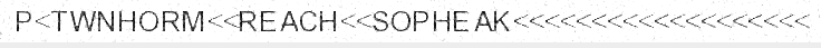
P<TWNHORM<<REACH<<SOPHEAK<<<<<<<<<<<<<<<<<<<